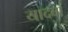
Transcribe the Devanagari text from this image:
यादवा